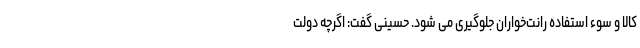
کالا و سوء استفاده رانت‌خواران جلوگیری می شود. حسینی گفت: اگرچه دولت